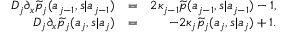
\begin{array} { r l r } { D _ { j } \partial _ { x } \widetilde { p } _ { j } ( a _ { j - 1 } , s | a _ { j - 1 } ) } & { = } & { 2 \kappa _ { j - 1 } \widetilde { p } ( a _ { j - 1 } , s | a _ { j - 1 } ) - 1 , } \\ { D _ { j } \partial _ { x } \widetilde { p } _ { j } ( a _ { j } , s | a _ { j } ) } & { = } & { - 2 \kappa _ { j } \widetilde { p } _ { j } ( a _ { j } , s | a _ { j } ) + 1 . } \end{array}